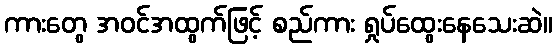
ကားတွေ အဝင်အထွက်ဖြင့် စည်ကား ရှုပ်ထွေးနေသေးဆဲ။